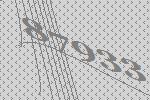
87933